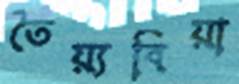
তৈয়্যবিয়া